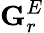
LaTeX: \mathbf{G}_{r}^{E}